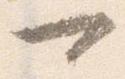
可